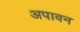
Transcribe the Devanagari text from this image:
अपावन